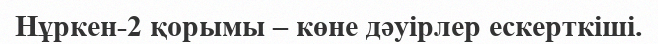
Нұркен-2 қорымы – көне дәуірлер ескерткіші.